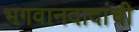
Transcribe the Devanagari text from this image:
भगवानदादांची